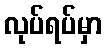
လုပ်ရပ်မှာ